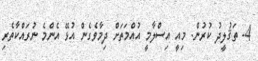
4- ތަޤުލީދު ކުރުން. މިއީ އިސްލާމީ އުއްމަތަށް ދިމާވެގެން އުޅޭ އެންމެ ނުރައްކާތެރި